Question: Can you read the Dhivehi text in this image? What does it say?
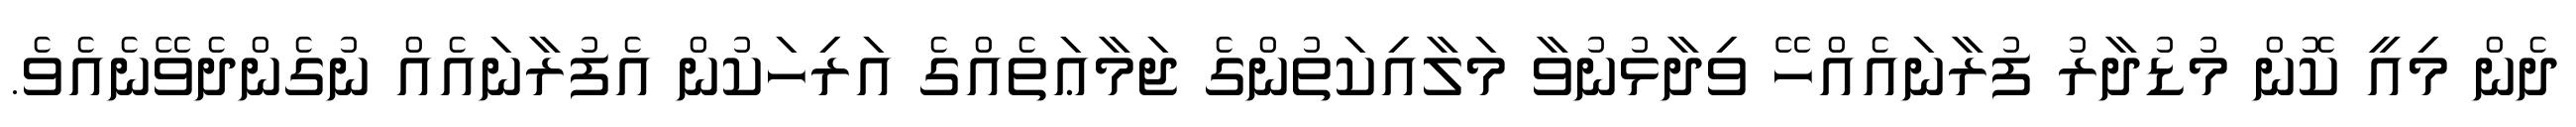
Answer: ދެން މިއީ ކޮން މުޑުދާރު ފުރާނައެއްހޭ ވިދާޅުނުވާ މަލާއިކަތުންގެ ޖަމާޢަތެއްގެ އަރިހަކުން އެފުރާނައެއް ނުގެންދެވޭނެއެވެ.